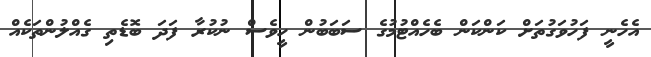
އެހެނީ ފަހުވަގުތަށް ކަންކަން ބެހެއްޓުމުގެ ސަބަބުން ހީވެސް ނުކުރާ ފަދަ ބޮޑެތި ގެއްލުންތަކެއް